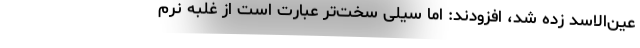
عین‌الاسد زده شد، افزودند: اما سیلی سخت‌تر عبارت است از غلبه نرم‌